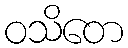
ဝသိတေ